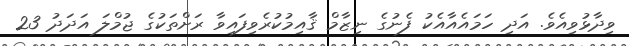
ވިދާޅުވިއެވެ. އަދި ހަމައެއާއެކު ފެނުގެ ނިޒާމް ޤާއިމުކުރެވިފައިވާ ރަށްތަކުގެ ޖުމްލަ އަދަދު 23